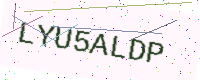
Text: LYU5ALDP